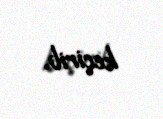
keçirib.